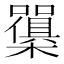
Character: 𭬫